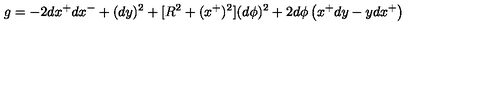
g = - 2 d x ^ { + } d x ^ { - } + ( d y ) ^ { 2 } + [ R ^ { 2 } + ( x ^ { + } ) ^ { 2 } ] ( d \phi ) ^ { 2 } + 2 d \phi \left( x ^ { + } d y - y d x ^ { + } \right)